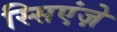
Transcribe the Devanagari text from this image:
स्सिएंज़े